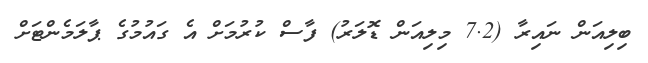
ބިލިއަން ނައިރާ (7.2 މިލިއަން ޑޮލަރު) ފާސް ކުރުމަށް އެ ގައުމުގެ ޕާލަމެންޓަށް